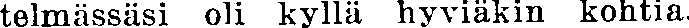
telmässäsi oli kyllä hyviäkin kohtia.